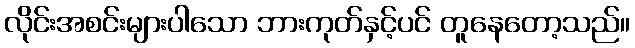
လိုင်းအစင်းများပါသော ဘားကုတ်နှင့်ပင် တူနေတော့သည်။